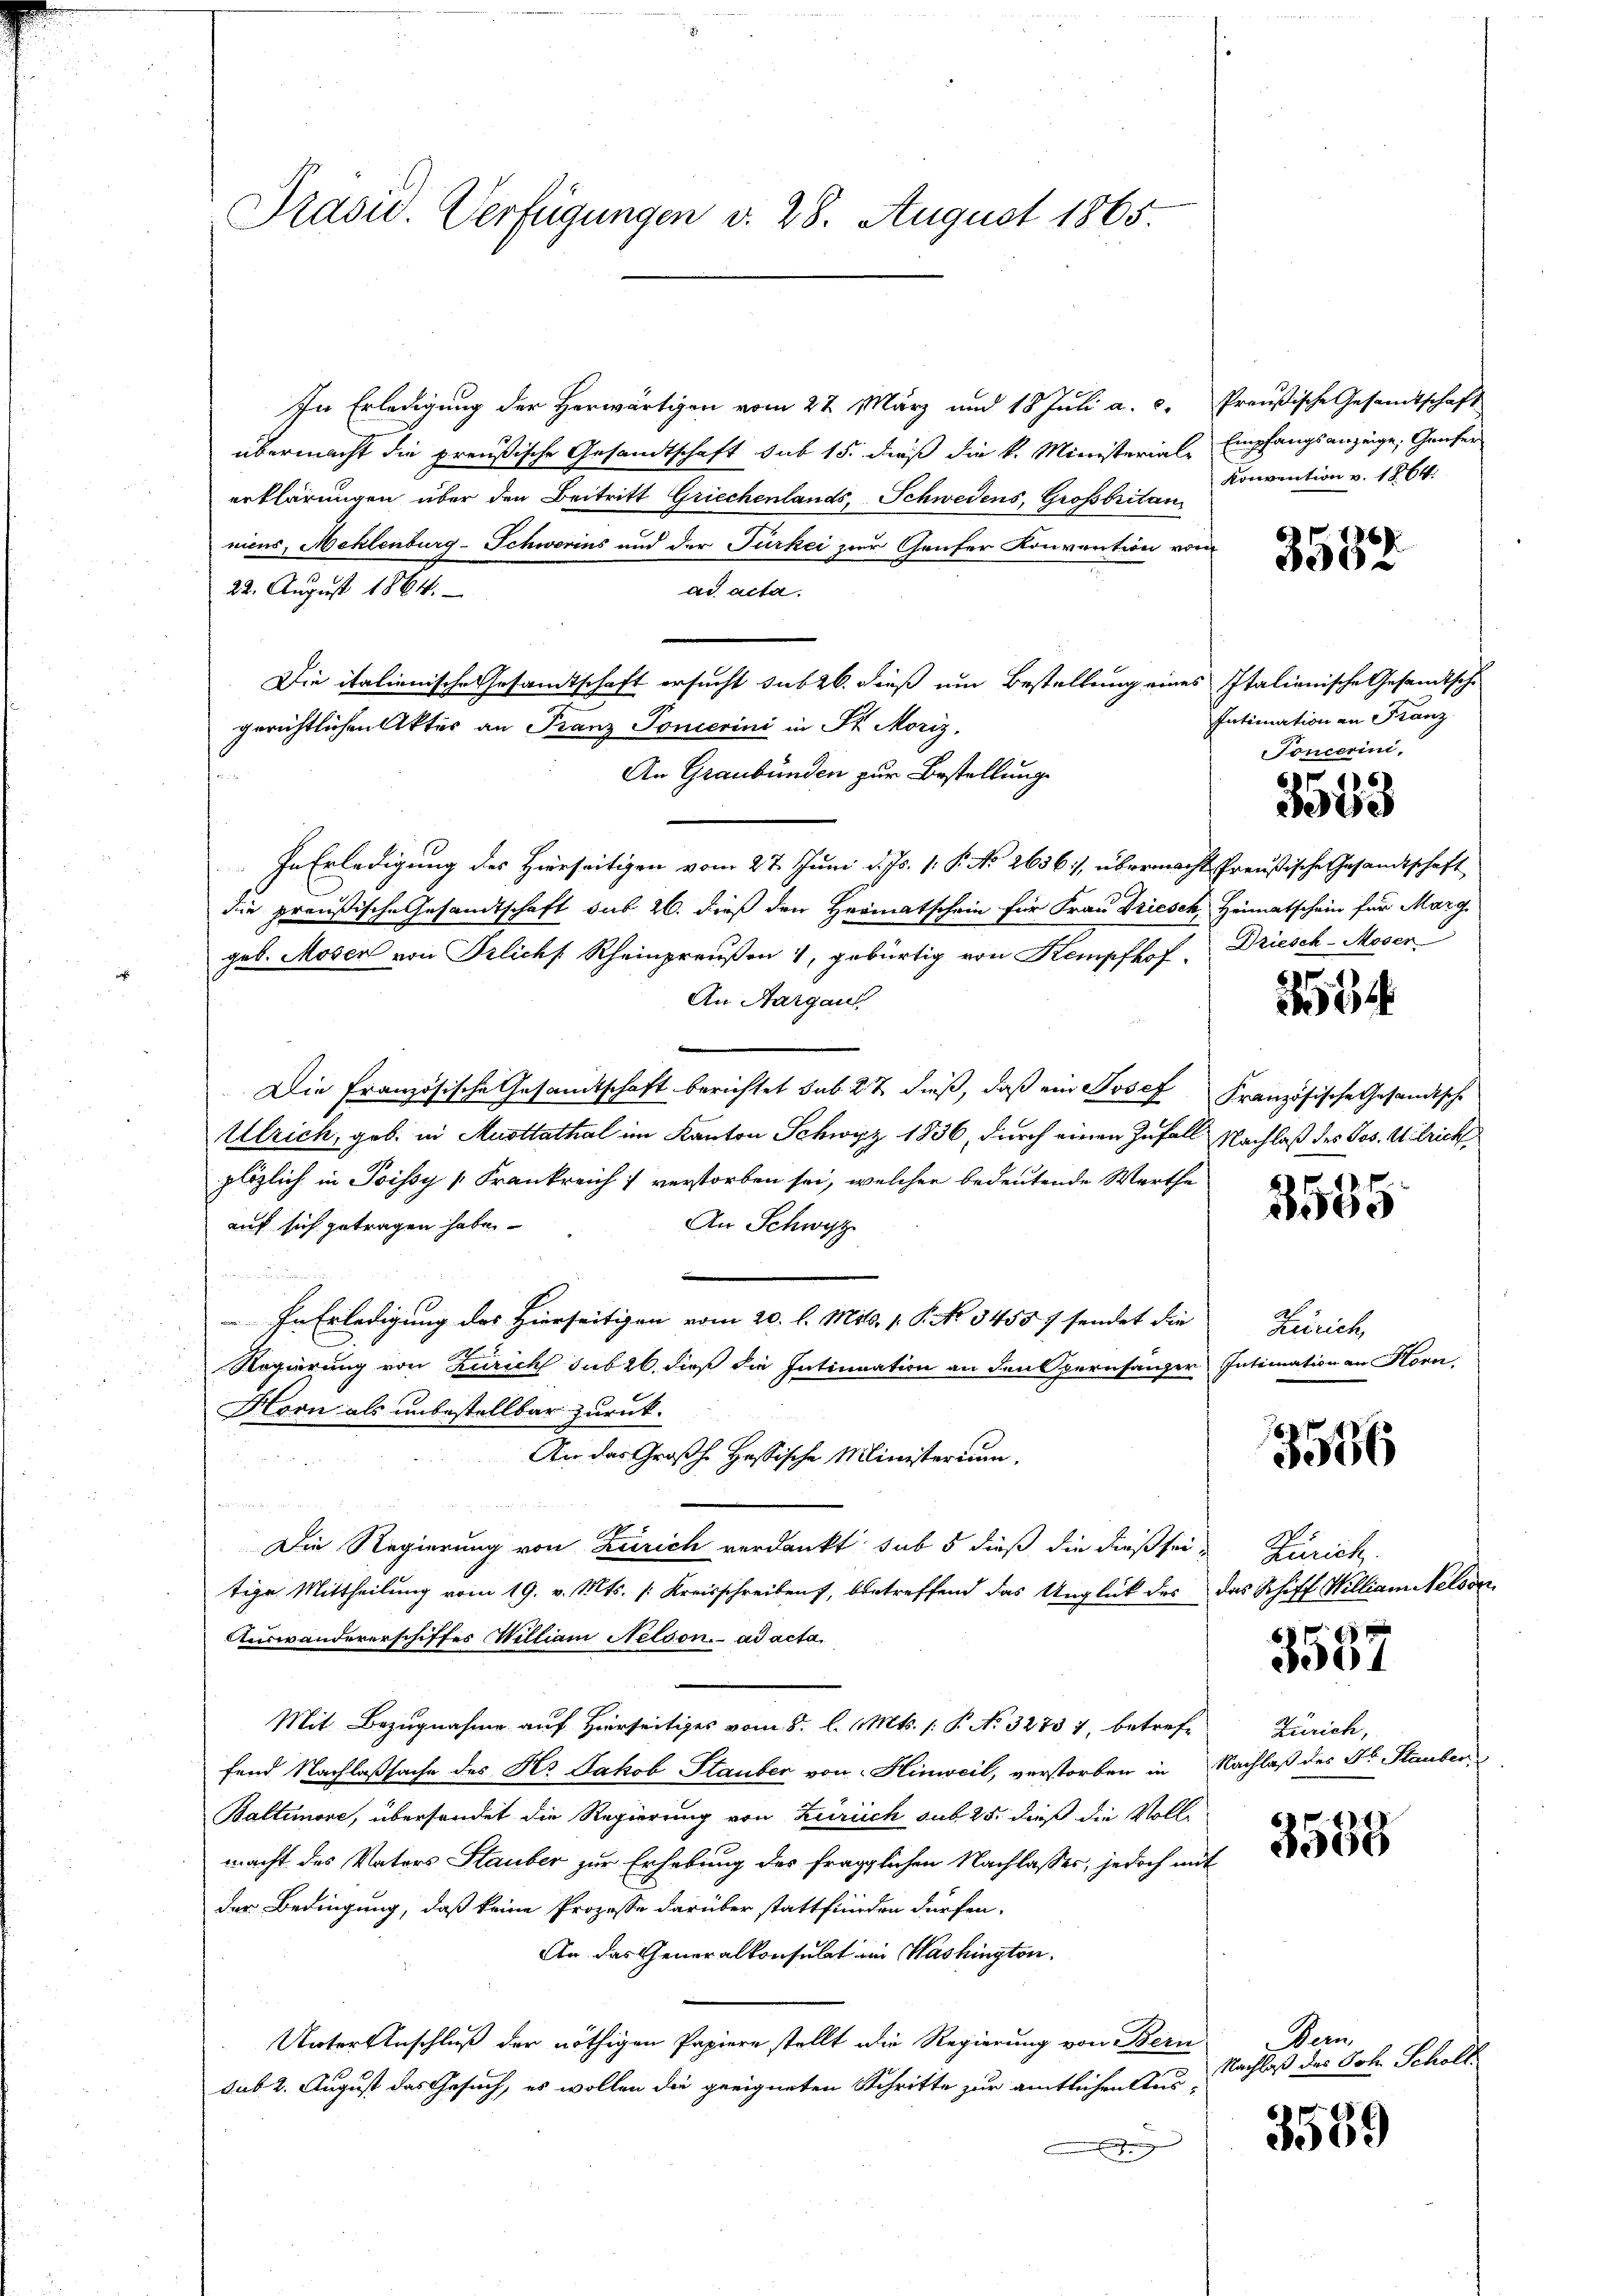
Präsid. Verfügungen d. 28. August 1865.

In Erledigung der Herwärtigen vom 27. März und 18 Juli a. c. Preußische Gesandtschaft
übermacht die preußische Gesandtschaft sub 15. dieß die k. Ministerial-
erklärungen über den Beitritt Griechenlands, Schwedens, Großbritani
nius, Mehlenburg-Schwerins und der Türkei zur Ganter Konvention vom
22. August 1864.
ad acta.
Die italienische Gesamtschaft ersucht sub 26. dieß um Bestellung eines Italianische Gesandtsche
gerichtlichen Aktes an Franz Ponierini in Sr. Moriz
An Graubünden zur Bestellung
In Erledigung des Hierseitigen vom 27. Juni d. Js. 1. P. No 2656/, übermacht Preußische Gesandtschaft
die preußische Gesandtschaft sub 26. dieß den Hermatschein für Frau Driesch Heimatschein für Marg
geb. Moser von Pilichs Rheinpreußen 1, gebürtig von Kempfhof. Driesch-Moser
An Aargau
Die Französische Gesandtschaft berichtet sub. 27 dieß, daß ein Josef Französische Gesandtsche
Ulrich, geb. in Austtathal im Kanton Schwyz 1836, durch einen Zufall Nachlaß des Jos. Wilricht
plözlich in Poissy [Frankreich 1 verstorben sei, welcher bedeutende Werthe
An Schwyz
auf sich getragen habe.

In Erledigung des Hierseitigen vom 20. l. Mits. 1. P. No 34557 sendet die
Regierung von Zürich sub 26. dieß die Intinuation an den Opernsänzer Intimation an Horn
Horn als unbestellbar zurück-
An das Großh. Hassische Ministerium.
e
Die Regierung von Zürich verdankt sub 5 dieß die dießsei- Zürich.
tige Mittheilung vom 19. v. Mts. /: Kreisschreiben, betreffend das Unglück des das Schiff William Nelsor
Auswandererschiffes William Netson. ad acta
Mit Bezugnahme auf Hierseitiges vom 5. l. Mts. 1. P. No. 32757, betreff Zürich,
fend Nachlaßsache des Hs. Jakob Stauber von Hinweil, verstorben in Nachlaß des Fr. Stauber,
Baltimore, übersendet die Regierung von Zürich sub. 25. dieß die Vollmacht des Vaters Stauber zur Erhebung des fraglichen Nachlasses, jedoch mit
der Bedingung, daß keine Prozesse darüber stattfinden dürfen.
An das Generalkonsulat im Washington,
Untertenschluß der nöthigen Papiere stellt die Regierung von Bern
sub 2. August das Gesuch, es wollen die geeigneten Schritte zur amtlichen Aus-

Empfangsanzeige, Grafer
Konvention v. 1864.

Intimation an Franz
Soncerini.

3553

2554

2555

Zürich

3536

3587

Bern,
Nachlaß des Joh. Scholt.

3589